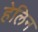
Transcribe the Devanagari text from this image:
हेलिन